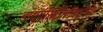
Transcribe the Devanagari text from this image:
डायऍसिटीलॅक्‍टीस